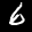
Label: 6